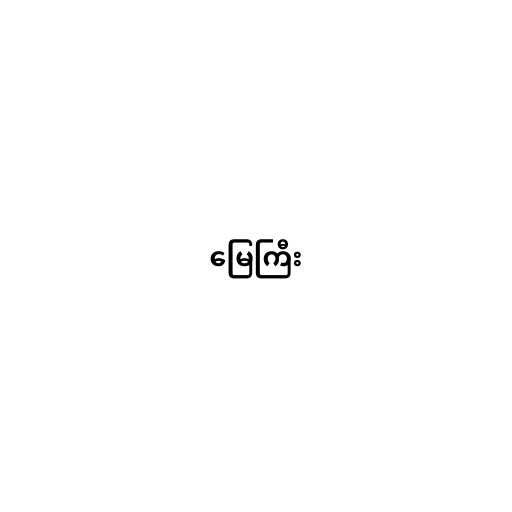
မြေကြီး